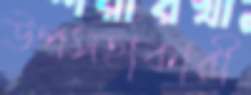
উপসহাকারী